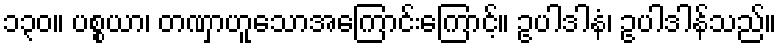
၁၃၀။ ပစ္စယာ၊ တဏှာဟူသောအကြောင်းကြောင့်။ ဥပါဒါနံ၊ ဥပါဒါန်သည်။